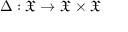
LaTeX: \Delta : { \mathfrak { X } } \to { \mathfrak { X } } \times { \mathfrak { X } }